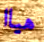
هياا